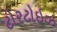
ટોરટોઇઝ